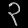
Digit: ၃